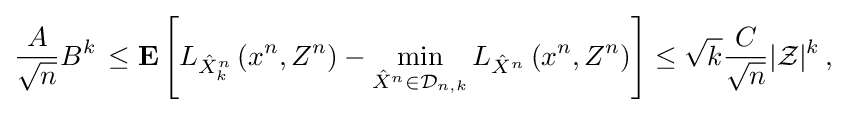
{\begin{aligned}{\frac {A}{\sqrt {n}}}B^{k}\,\leq \mathbf {E} \left[L_{{\hat {X}}_{k}^{n}}\left(x^{n},Z^{n}\right)-\min _{{\hat {X}}^{n}\in {\mathcal {D}}_{n,k}}L_{{\hat {X}}^{n}}\left(x^{n},Z^{n}\right)\right]\leq {\sqrt {k}}{\frac {C}{\sqrt {n}}}|{\mathcal {Z}}|^{k}\,,\end{aligned}}